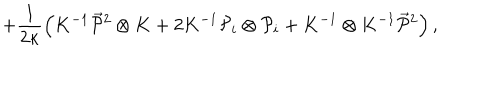
+ \frac 1 { 2 \kappa } \left( K ^ { - 1 } \vec { { \cal P } } { } ^ { 2 } \otimes K + 2 K ^ { - 1 } { \cal P } _ { i } \otimes { \cal P } _ { i } + K ^ { - 1 } \otimes K ^ { - 1 } \vec { { \cal P } } { } ^ { 2 } \right) ,